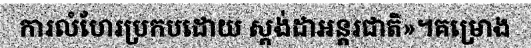
ការលំហែរប្រកបដោយ ស្តង់ដាអន្តរជាតិ»។គម្រោង